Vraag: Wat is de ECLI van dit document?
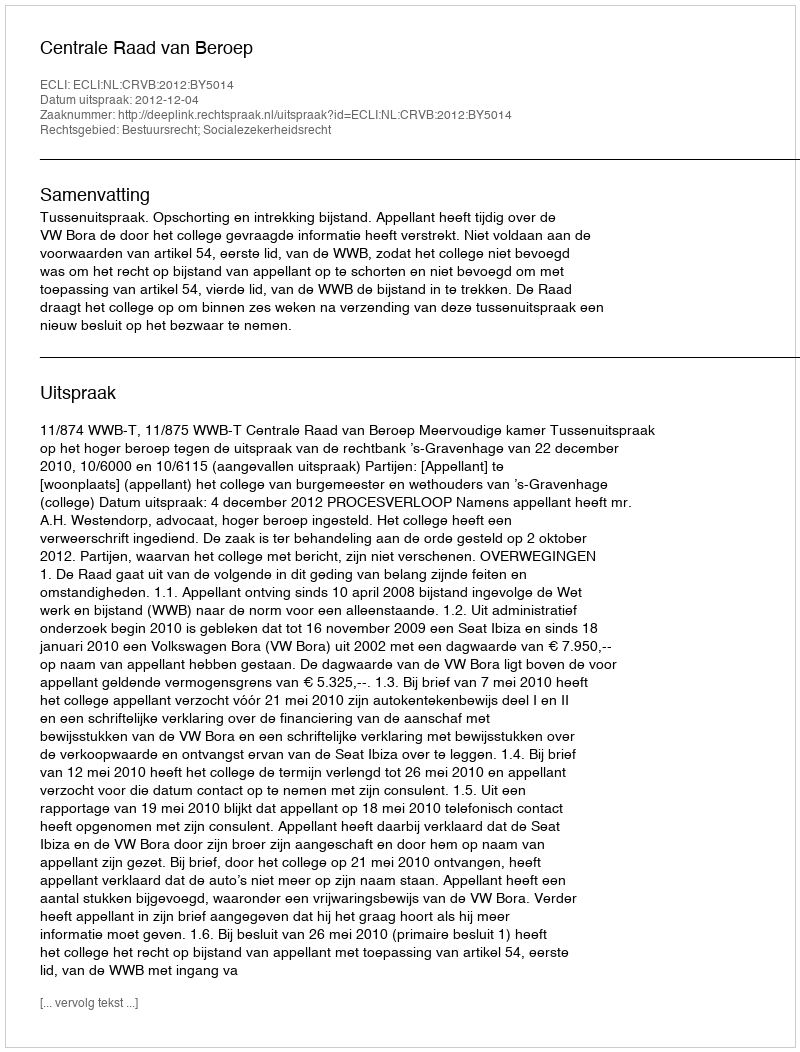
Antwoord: ECLI:NL:CRVB:2012:BY5014